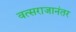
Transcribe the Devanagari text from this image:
वत्सराजानंतर